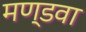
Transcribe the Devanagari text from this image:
मण्डवा